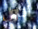
احاول